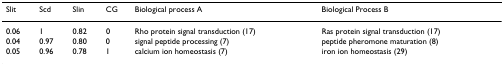
| Slit | Scd | Slin | CG | Biological process A | Biological Process B |
 | --- | --- | --- | --- | --- | --- |
 | 0.06 | 1 | 0.82 | 0 | Rho protein signal transduction (17) | Ras protein signal transduction (17) |
 | 0.04 | 0.97 | 0.80 | 0 | signal peptide processing (7) | peptide pheromone maturation (8) |
 | 0.05 | 0.96 | 0.78 | 1 | calcium ion homeostasis (7) | iron ion homeostasis (29) |